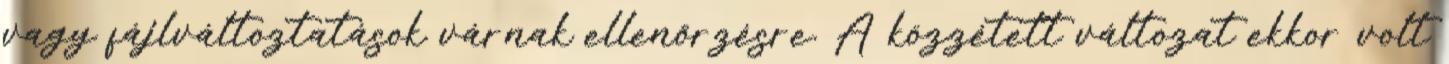
vagy fájlváltoztatások várnak ellenőrzésre. A közzétett változat ekkor volt